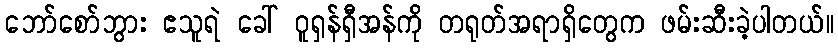
ဘော်စော်ဘွား ဧသူရဲ ခေါ် ဝူရှန်ရှီအန်ကို တရုတ်အရာရှိတွေက ဖမ်းဆီးခဲ့ပါတယ်။